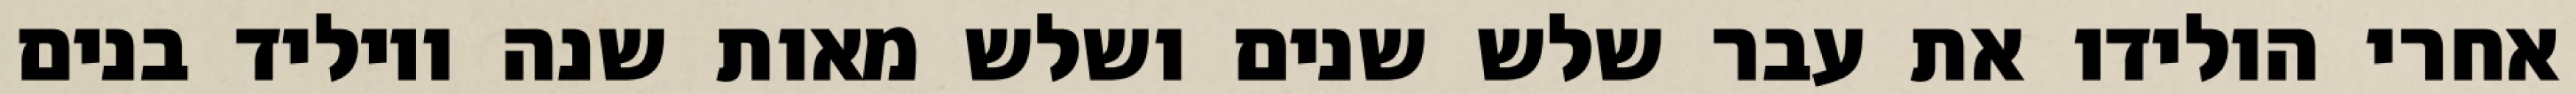
אחרי הולידו את עבר שלש שנים ושלש מאות שנה ויוליד בנים